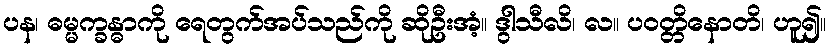
ပန၊ ဓမ္မက္ခန္ဓာကို ရေတွက်အပ်သည်ကို ဆိုဦးအံ့။ ဒွါသီလိ၊ လ။ ပဝတ္တိနောတိ၊ ဟူ၍။